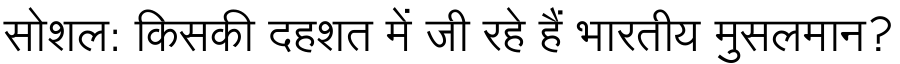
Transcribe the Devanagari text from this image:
सोशल: किसकी दहशत में जी रहे हैं भारतीय मुसलमान?